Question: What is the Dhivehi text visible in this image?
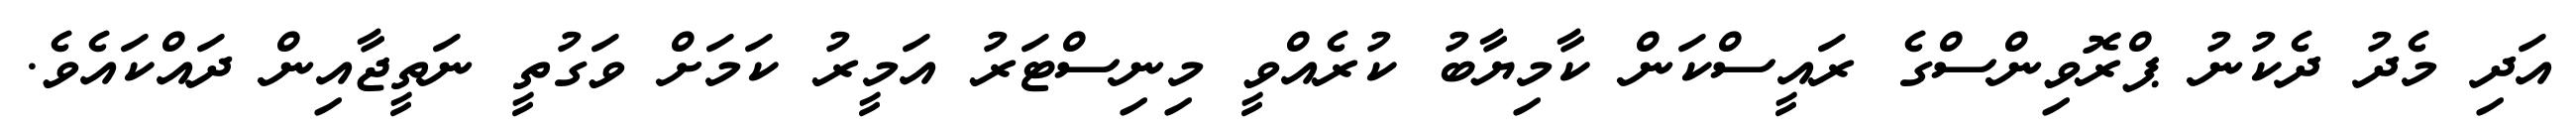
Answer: އަދި މެދު ދެކުނު ޕްރޮވިންސްގެ ރައީސްކަން ކާމިޔާބު ކުރެއްވީ މިނިސްޓަރު އަމީރު ކަމަށް ވަގުތީ ނަތީޖާއިން ދައްކައެވެ.